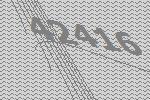
42416